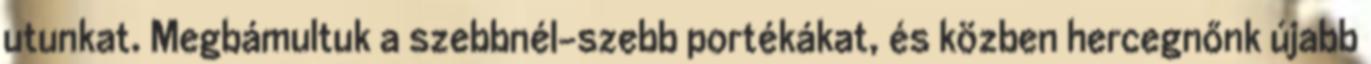
utunkat. Megbámultuk a szebbnél-szebb portékákat, és közben hercegnőnk újabb